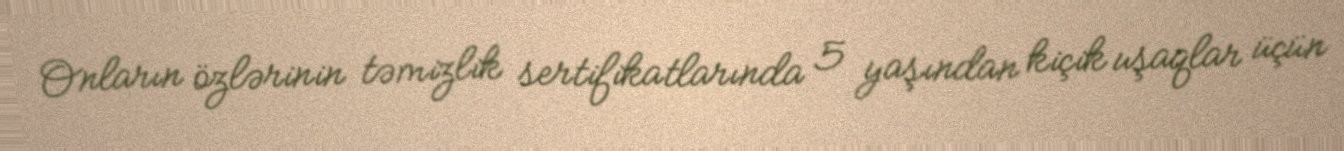
Onların özlərinin təmizlik sertifikatlarında 5 yaşından kiçik uşaqlar üçün